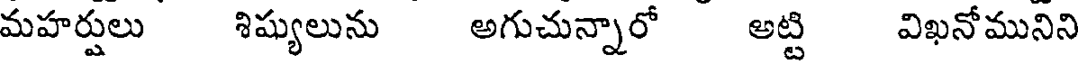
మహర్షులు శిష్యులును అగుచున్నారో అట్టి విఖనోమునిని